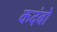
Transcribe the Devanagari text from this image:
कदंबो